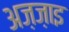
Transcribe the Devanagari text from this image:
अज़ज़ाइ